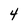
Character: 4